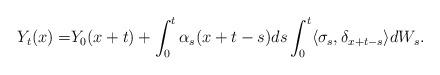
LaTeX: \begin{align*} Y_t(x)=&Y_0(x+t)+\int_0^t \alpha_s(x+t-s) ds \int_0^t \langle\sigma_s, \delta_{x+t-s}\rangle dW_s.\end{align*}